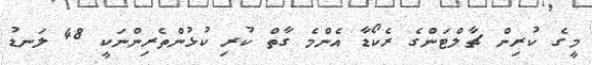
މީގެ ކުރިން ޗާލްޓަންގެ ރެކޯޑާ އެންމެ ގާތް ކުރި ކުޅުންތެރިންނަކީ 48 ލަނޑު